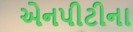
એનપીટીના